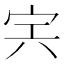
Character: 𡧢